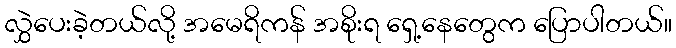
လွှဲပေးခဲ့တယ်လို့ အမေရိကန် အစိုးရ ရှေ့နေတွေက ပြောပါတယ်။